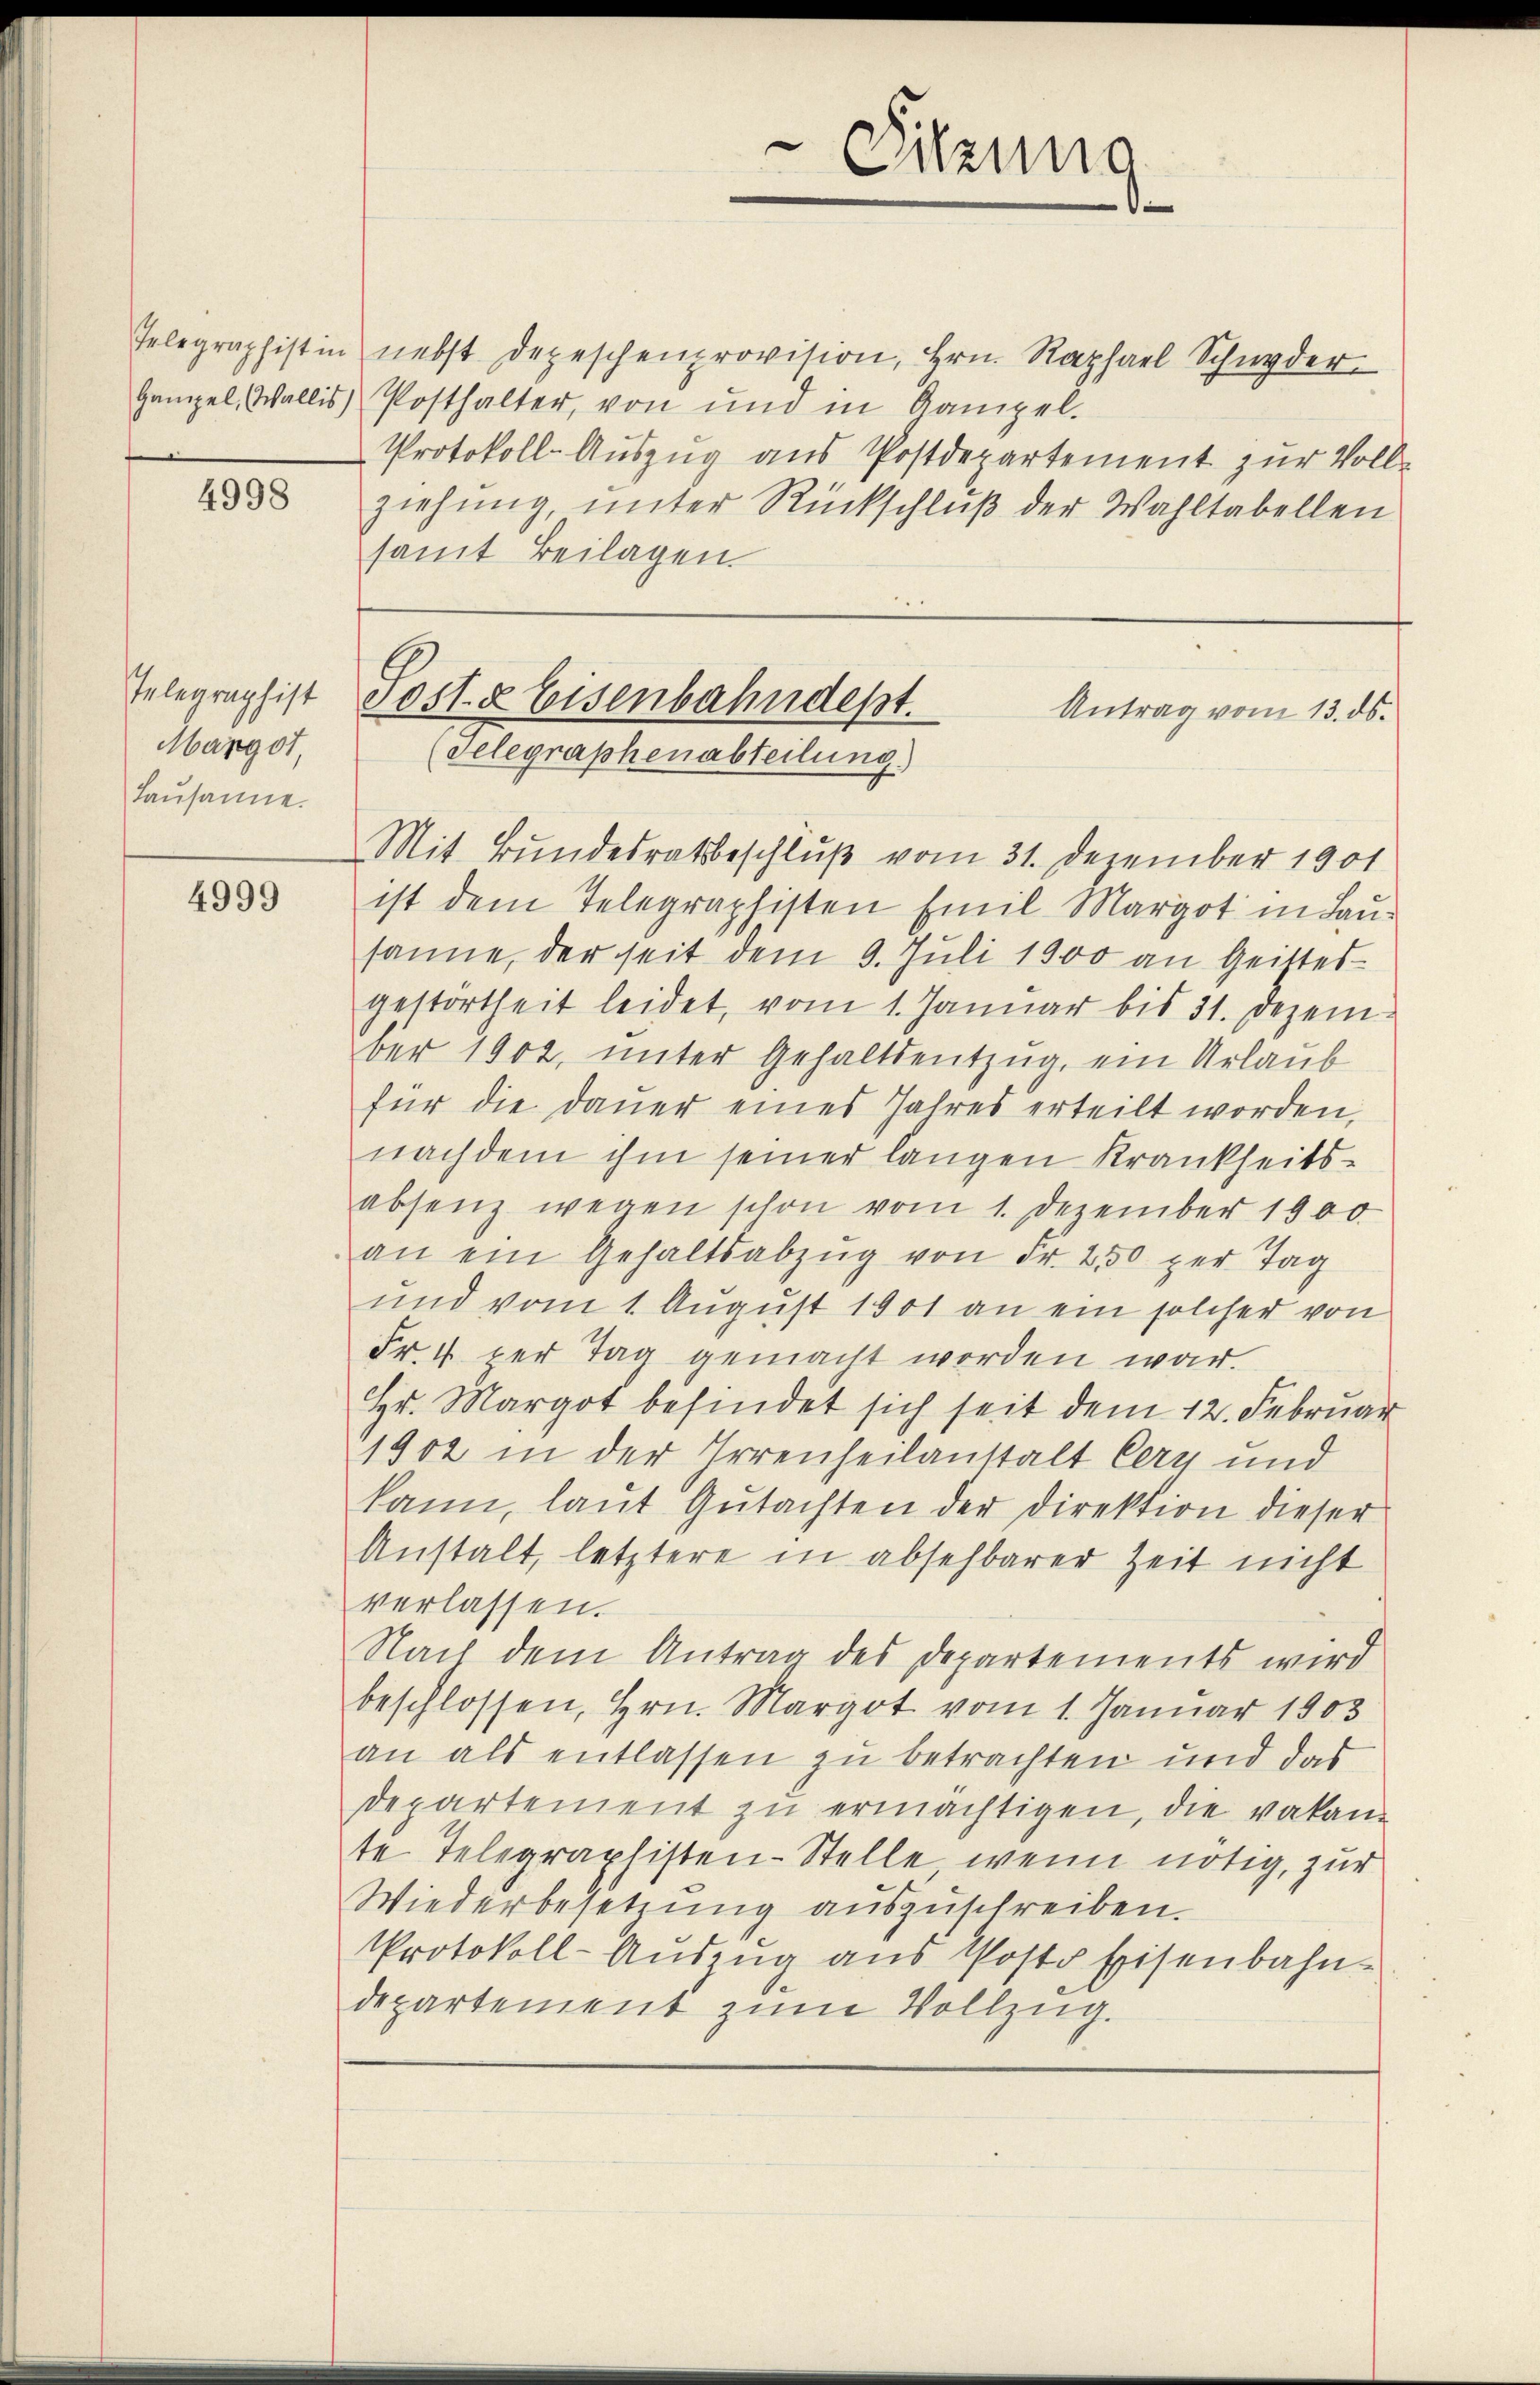
Gampel, Wallis)

4998

Telegraphist
Margot,
Lausanne.

4999

Telegraphistin nebst Depeschenprovision, Hrn. Raphael Schnyder
Posthalter, von und in Kampel-
Protokoll-Auszug aus Postdepartement zur Vollziehung, unter Rückschluß der Wahltabellen
samt Beilagen

Sitzung

Mit Bundesratsbeschluß vom 31. Dezember 1901
ist dem Telegraphisten Emil Margot in Lausane, der seit dem 9. Juli 1900 an Geittes
gestörtheit leidet, vom 1. Januar bis 31. Dezem-
ber 1902, unter Gehaltsentzug, ein Urlaub
für die Dauer eines Jahres erteilt worden.
nachdem ihm seiner langen Krankheitsabsenz wegen schon vom 1. Dezember 1900
an ein Gehaltsabzŭg von Fr. 250 per Tag
und vom 1. August 1901 an ein solcher von
Fr. 4 der Tag gemacht worden war.
Hr. Margot befindet sich seit dem 12. Februar
11902 in der Irrenheilanstalt Cery und
kann, laut Gutachten der Direktion dieser
Anstalt, letztere in absehbarer Zeit nicht
verlassen.
Nach dem Antrag des Departements wird
beschlossen, Hrn. Margot vom 1. Januar 1903
an als entlassen zu betrachten und das
departement zu ermächtigen, die vakan
te Telegraphisten-Stelle wenn nötig, zur
Wiederbesetzung auszuschreiben.
Protokoll-Auszug aus Post Eisenbahn-
departement zum Vollzug.

Sost- & Eisenbahndept.
Antrag vom 13. ds.
(Gelegraphenabteilung.)